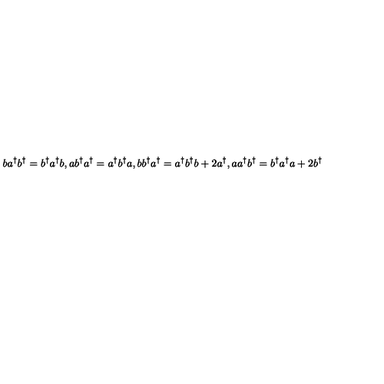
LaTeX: b a ^ { \dagger } b ^ { \dagger } = b ^ { \dagger } a ^ { \dagger } b , a b ^ { \dagger } a ^ { \dagger } = a ^ { \dagger } b ^ { \dagger } a , b b ^ { \dagger } a ^ { \dagger } = a ^ { \dagger } b ^ { \dagger } b + 2 a ^ { \dagger } , a a ^ { \dagger } b ^ { \dagger } = b ^ { \dagger } a ^ { \dagger } a + 2 b ^ { \dagger }